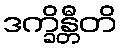
ဒက္ခိန္တီတိ